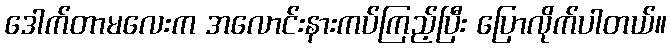
ဒေါက်တာမလေးက အလောင်းနားကပ်ကြည့်ပြီး ပြောလိုက်ပါတယ်။